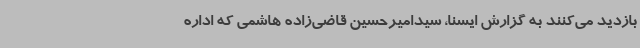
بازدید می‌کنند به گزارش ایسنا، سیدامیرحسین قاضی‌زاده هاشمی که اداره